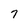
Character: 7